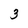
Character: 3